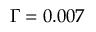
\Gamma = 0 . 0 0 7